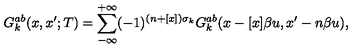
G _ { k } ^ { a b } ( x , x ^ { \prime } ; T ) = \sum _ { - \infty } ^ { + \infty } ( - 1 ) ^ { ( n + [ x ] ) \sigma _ { k } } G _ { k } ^ { a b } ( x - [ x ] \beta u , x ^ { \prime } - n \beta u ) ,